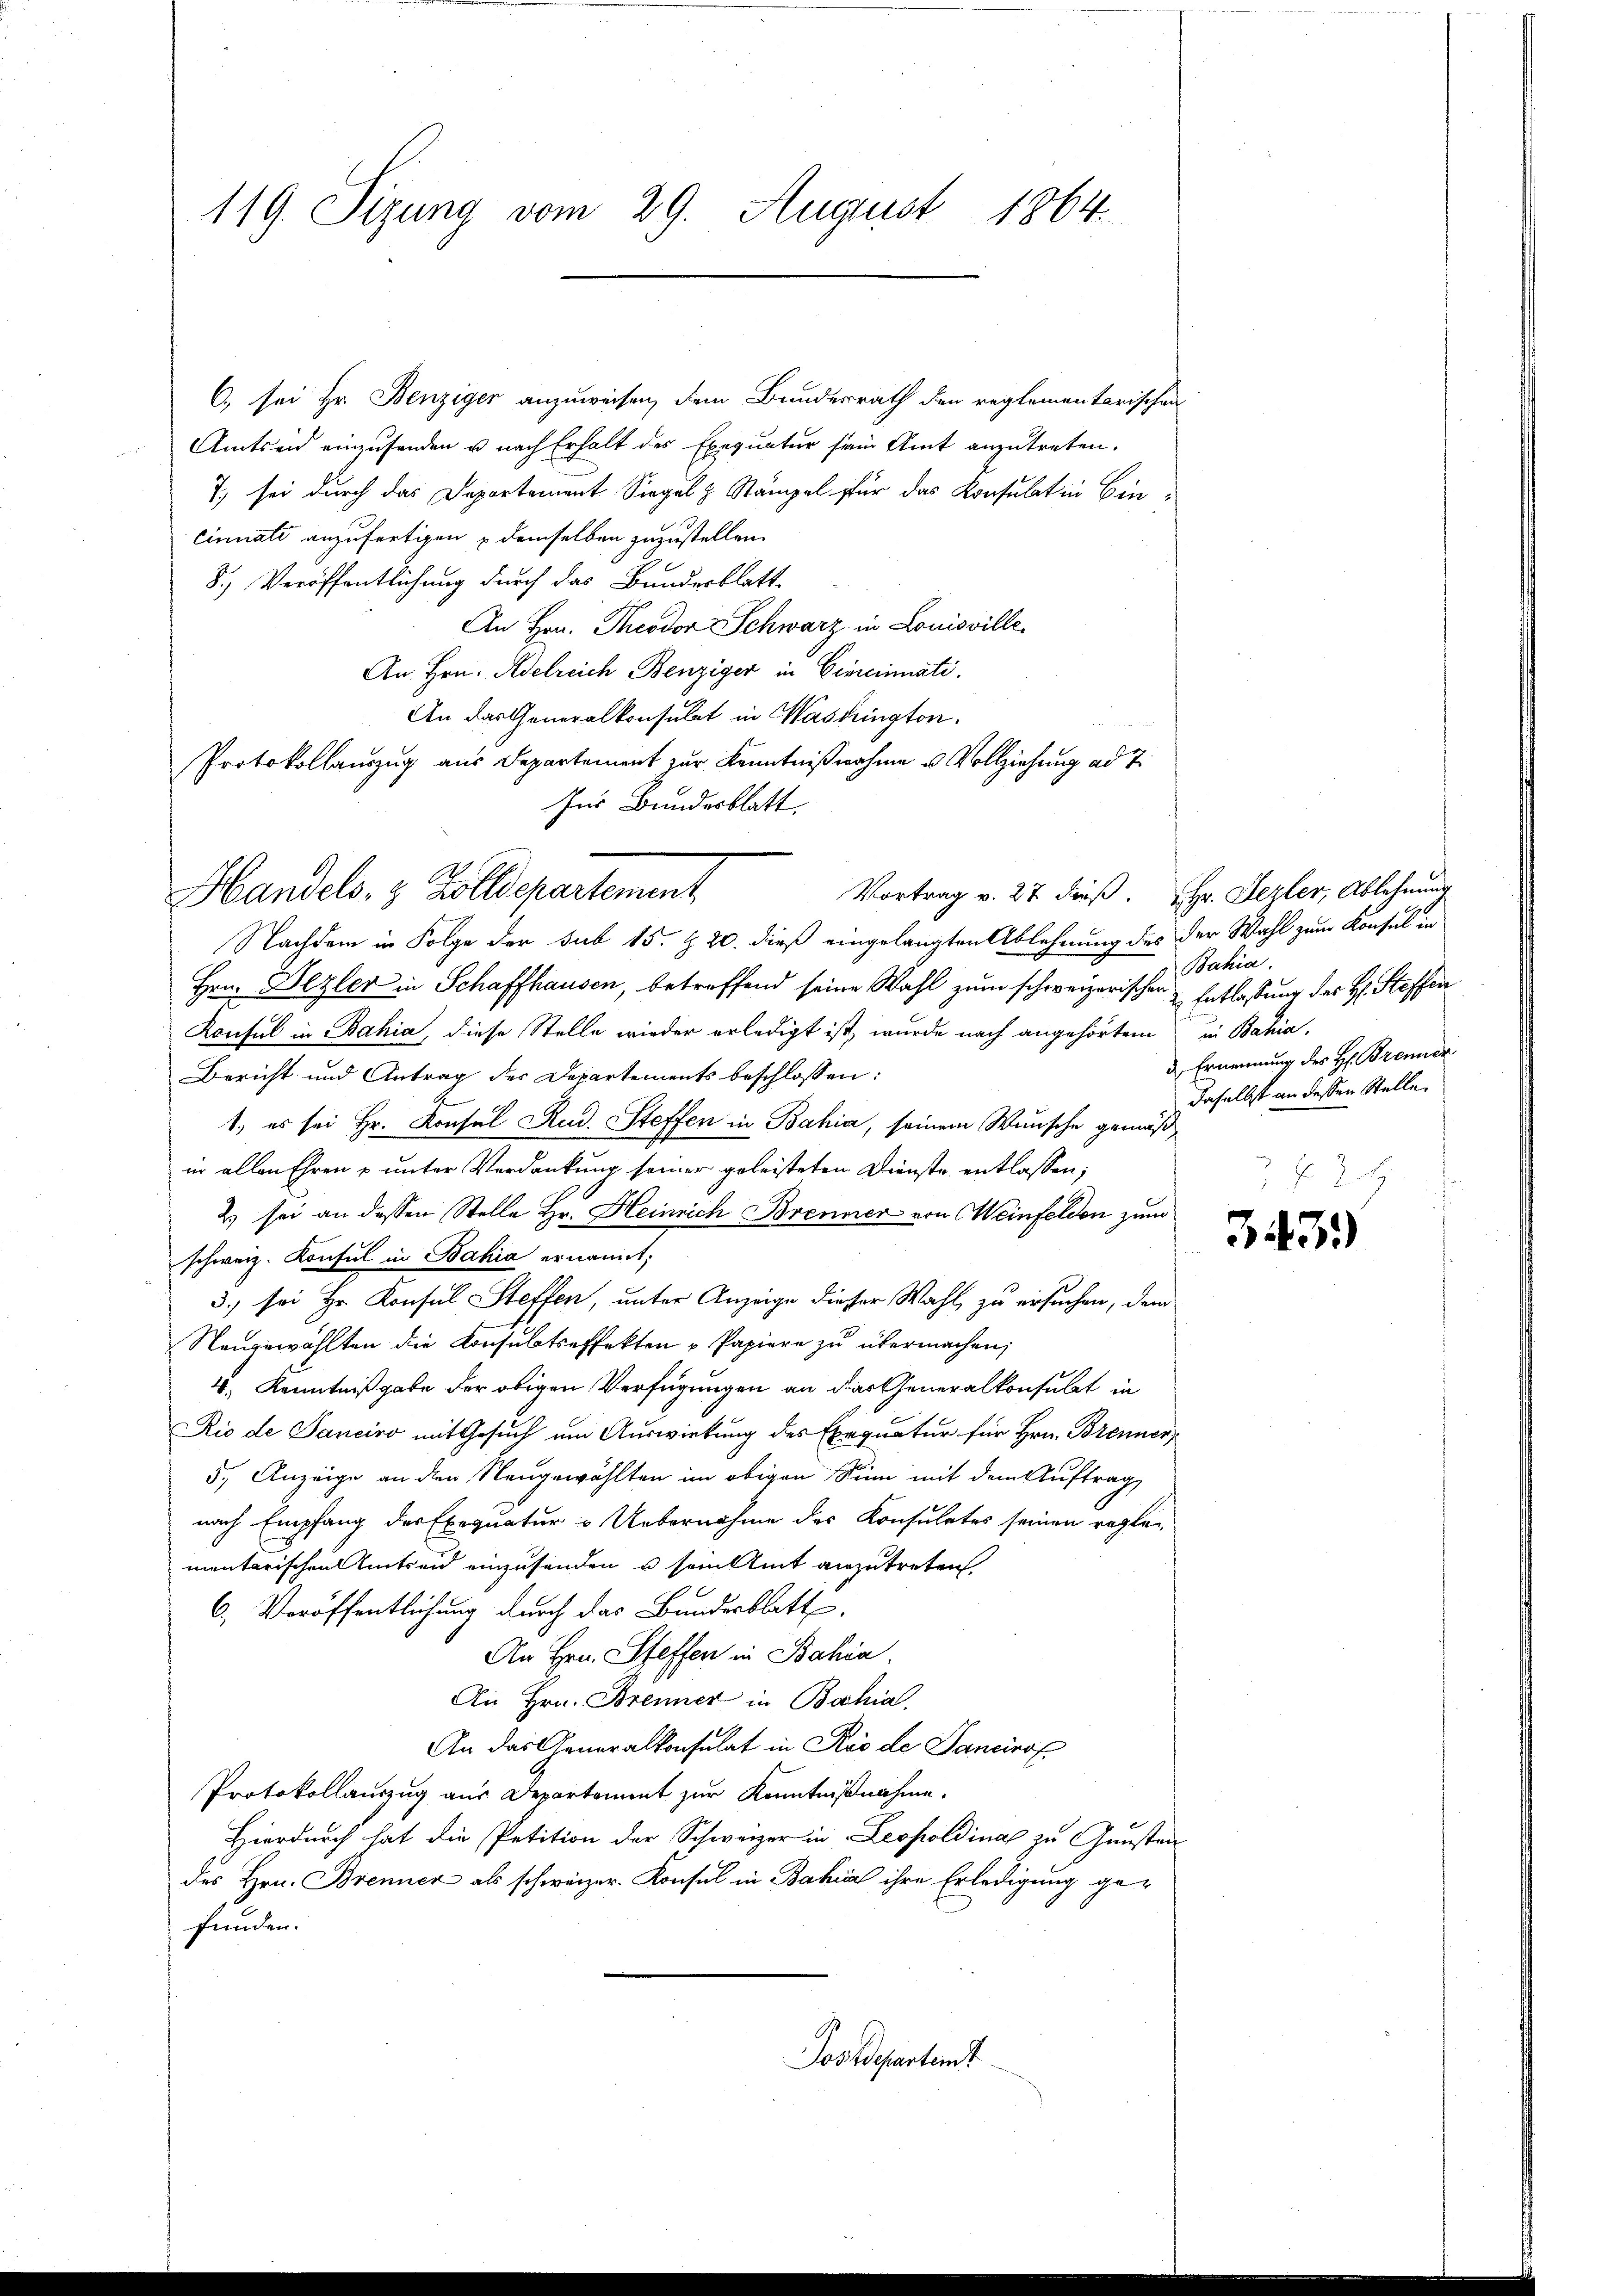
119. Sizung vom 29. August 1864.

C. sei Hr. Benziger anzuweisen, dem Bundesrath den reglementarischen
Amtseid einzusenden u nach Erhalt des Exequatur sein Amt anzutreten.
7) sei durch das Departement Siegel & Stämpel für das Konsulat in Eincinnate anzufertigen demselben zuzustellen.
8.) Veröffentlichung durch das Bundesblatt
An Hrn. Theodor Schwarz in Louisville
An Hrn. Adelreich Benziger in Cincinati
An das Generalkonsulat in Wasdington.
Protokollauszug aus Departement zur Kenntnißnahme u. Vollziehung ad 7.
Ins Bundesblatt.

Handels- & Zolldepartement

Nachdem in Folge der sub 15. §. 20. dieß eingelangten Ablehnung des der Wahl zum Konsul in
Hrn. Bezler in Schaffhausen, betreffend seine Wahl zum schweizerischer
Konsul in Bahia, diese Stelle wieder erledigt ist, wurde nach angehörtem
Bericht und Antrag der Departements beschlossen:
1. es sei Hr. Konsul Rud. Steffen in Bahia, seinem Wunsche gemäß
in allen Ehren u unter Verdankung seiner geleisteten Dienste entlassen;
2) sei an dessen Stelle Hr. Heinrich Brenner von Weinfelden zum
schweiz. Konsul in Bahia ernannt;
3.) sei Hr. Konsul Steffen, unter Anzeige dieser Wahl zu ersuchen, dem
Naŭgewählten die Konsulatseffekten u Papiere zŭ übermachen;
4. Kenntnißgabe der obigen Verfügungen an das Generalkonsulat in
Rio de Sanciro mit Gesuch um Auswirkung des Exequatur für Hrn. Brennen,
5.) Anzeige an den Neugewählten im obigen Sinn mit dem Auftrag
nach Empfang der Exequatur & Uebernahme des Konsulates seinen reglementarischen Umtreid einzusenden u sein Amt anzutreten,
6. Veröffentlichung durch das Bundesblatt.
An Hrn. Steffen in Bahia.
An Hrn. Brenner in Bahia
An das Generalkonsulat in Rio de Sancinof
Protokollauszug aus Departement zur Kenntnißnahme.
Hierdurch hat die Petition der Schweizer in Leopoldinal zu Gunsten
des Hrn. Brenner als schweizer- Konsul in Bahial ihre Erledigung gefunden.
Postdepartent

Vortrag v. 27 dieß. Hr. Dezler, Ablehnung

Bahia.
Entlastung des H: Steffen
in Bahia.
d Ernennung des H. Brenner
daselbst an dessen Stelle.
f. J. H.

3439)